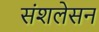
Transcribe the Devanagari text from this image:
संशलेसन